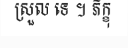
ស្រួល ទេ ។ ភិក្ខុ